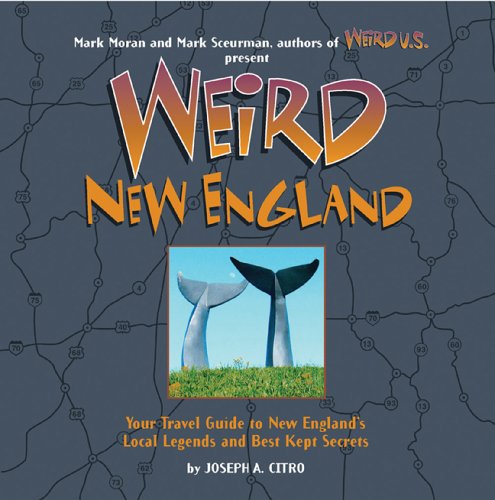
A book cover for Weird New England: Your Travel Guide to New England's Local Legends and Best Kept Secrets; Joseph A. Citro; Travel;